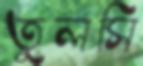
তুলসি